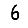
Digit: 6